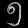
Digit: ၅